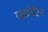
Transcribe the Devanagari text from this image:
वहलेटिन